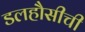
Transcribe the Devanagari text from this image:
डलहौसीची